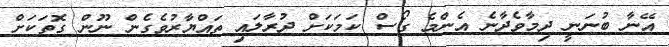
އޭނާ ބުނަނީ ދިމާވެދާނެ އެންމެ ގޯސް ކަމަކަށް ދުރާލައި ތައްޔާރުވެގެން ނޫން ގޮތަކަށް